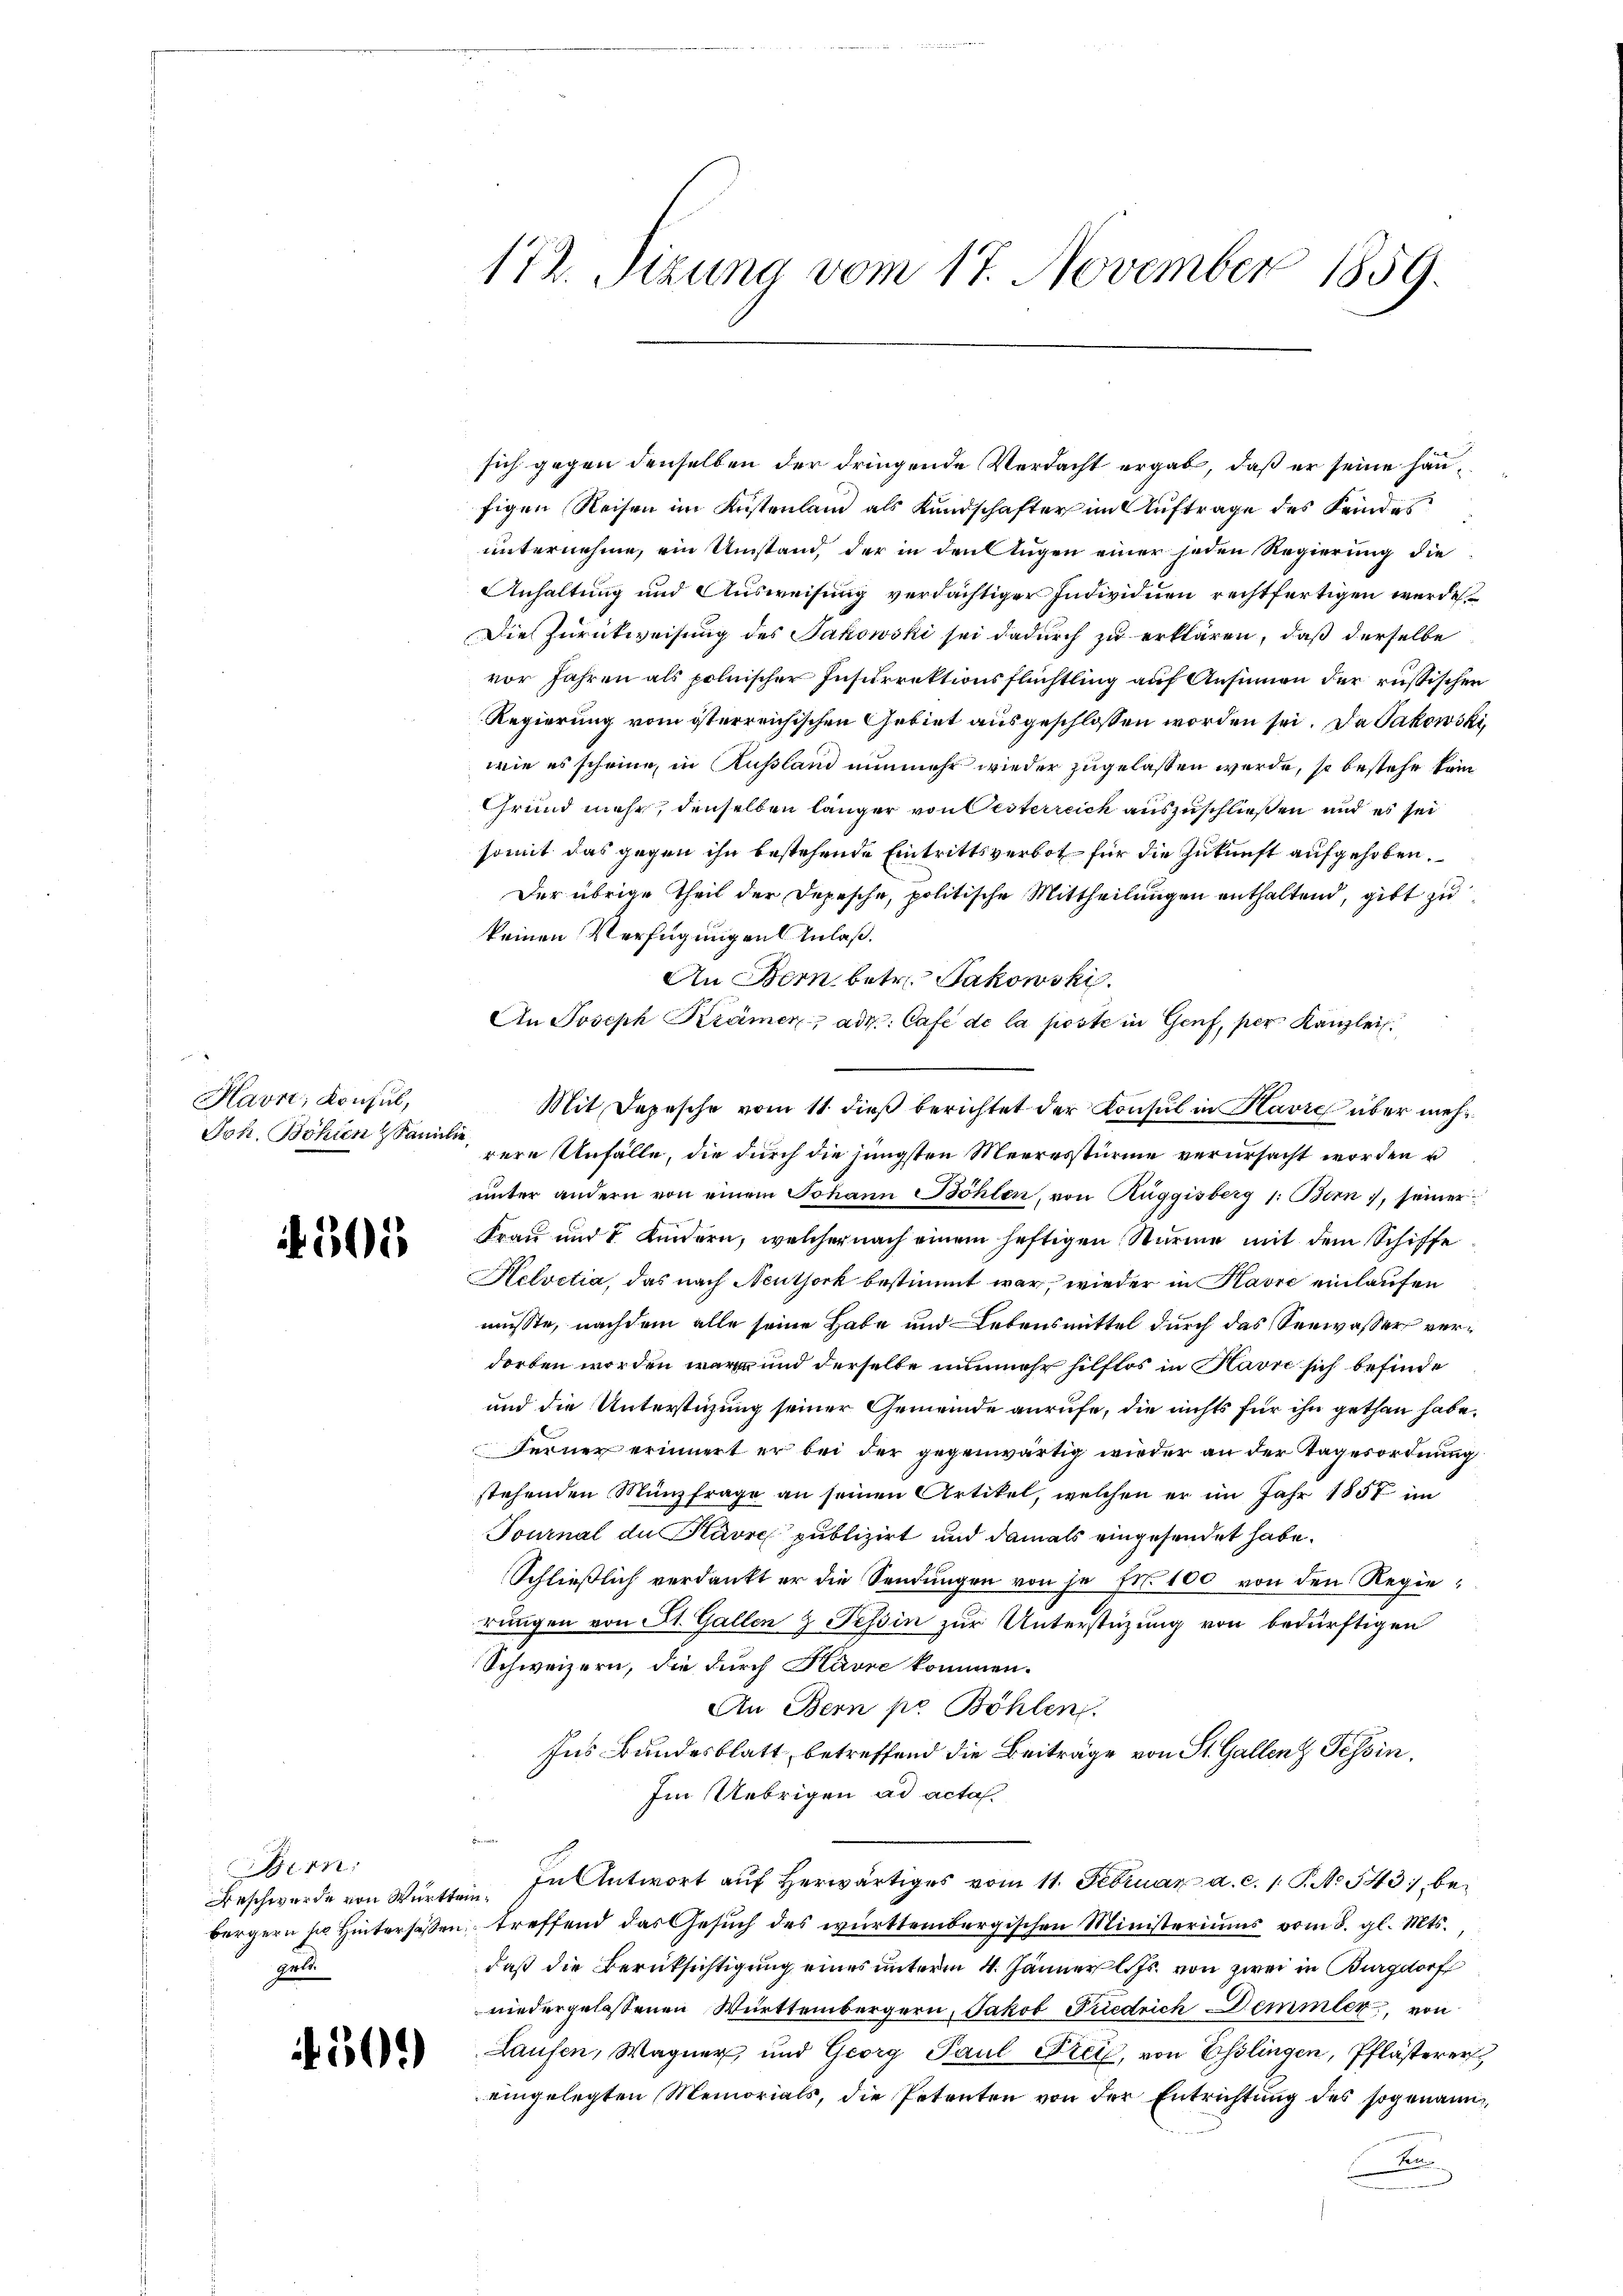
Havre, Konsul,
Joh. Bohlen Familie

501

Bern:
Beschwerde von Württemgele

¬

509

sich gegen denselben der dringende Verdacht ergab, daß er seine Haufigen Reisen im Kustenland als Kundschafter im Auftrage des Kindes
unternehme, ein Umstand, der in den Augen einer jeden Regierung die
Anhaltung und Ausweisung verdächtiger Individuen rechtfertigen werde.
Die Zurückweisung des Jakowski sei dadurch zu erklären, daß derselbe
vor Jahren als polnischer Insurrektionsflüchtling auf Ansinnen der russischen
Regierung vom österreichischen Gebiet ausgeschlossen worden sei. Da Jakowski,
wie es scheine, in Russland nunmehr wieder zugelassen werde, so bestehe kein
Grund mehr, denselben länger von Oesterreich auszuschließen und es sei
somit das gegen ihn bestehende Eintrittsverbot für die Zukunft aufgehoben.
Der übrige Theil der Depesche, politische Mittheilungen enthaltend, gibt zu
keinen Verfügungen Anlaß.
An Bern betr. Jakowski.
An Joseph Krämer, ade: Cafe de la poste in Genf, per Kanzlei
rere Unfälle, die durch die jüngsten Meeresstürme verursacht worden u
unter andern von einem Johann Böhlen, von Ruggisberg 1. Bern, seiner
Frau und 7 Kindern, welcher nach einem heftigen Stürme mit dem Schiffe
Helvetia, das nach Neuthork bestimmt war, wieder in Havre einlaufen
müßte, nachdem alle seine Habe und Lebensmittel durch das Seewasser verdorben worden wären und derselbe nunmehr hilflos in Havre sich befinde
und die Unterstüzung seiner Gemeinde anrufe, die nichts für ihn gethan habe.
Ferner erinnert er bei der gegenwärtig wieder an der Tagesordnung
stehenden Münzfrage an seinen Artikel, welchen er im Jahr 1857 im
Tournal de Havre publizirt und damals eingesendet habe.
Schließlich verdankt er die Sendungen von je Fr. 100 von den Regierungen von St. Gallen & Tessin zur Unterstüzung von bedürftigen
Schweizern, die durch Havre kommen.
An Bern pr Böhlen.
Ins Bundesblatt, betreffend die Beiträge von St. Gallenz Tessin,
Im Uebrigen ad acta.
In Antwort auf herwärtiges vom 11. Februar a. c. 1. P. N. 543 bei
bürgern sie Hintersäßen, treffend das Gesuch des württembergischen Ministeriums vom 8. gl. Mts.
daß die Berücksichtigung eines unterm 4. Jänner l. Js. von zwei in Burgdorf
niedergelassenen Württembergern, Jakob Friedrich Demmler, von
Laufen, Wagner, und Georg Paul Frei, von Esslingen, Pflästerer
eingelegten Memorials, die Petenten von der Entrichtung des sogenann¬
Her

172. Sizung vom 17. November 1859.

Mit Depesche vom 11. dieß berichtet der Konsul in Havre über meh¬